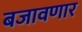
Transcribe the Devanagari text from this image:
बजावणार